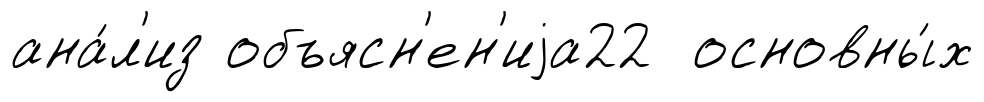
ана́л'из объясн'ен'иjа22 основны́х